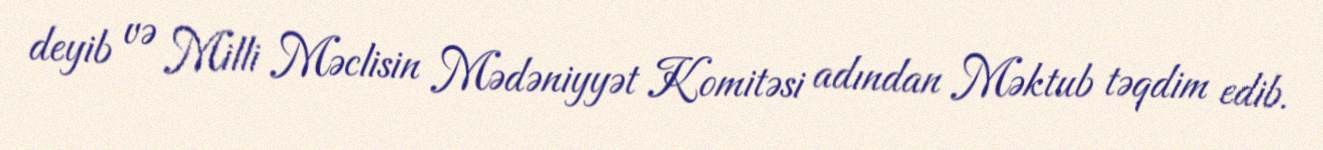
deyib və Milli Məclisin Mədəniyyət Komitəsi adından Məktub təqdim edib.